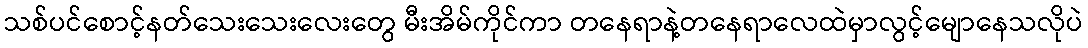
သစ်ပင်စောင့်နတ်သေးသေးလေးတွေ မီးအိမ်ကိုင်ကာ တနေရာနဲ့တနေရာလေထဲမှာလွင့်မျောနေသလိုပဲ